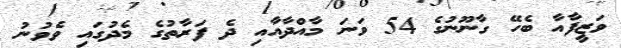
ވަޒީފާއާ ބެހޭޭ ގާނޫނުގެ 54 ވަނަ މާއްދާއާއި ދެ ފަރާތުގެ މެދުގައި ވެވުނު